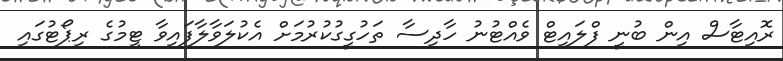
ރޮއިޓާސް އިން ބުނީ ފްލައިޓް ވެއްޓުނު ހާދިސާ ތަހުގީގުކުރުމަށް އެކުލަވާލާފައިވާ ޓީމުގެ ރިޕޯޓުގައި